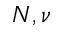
N , \nu